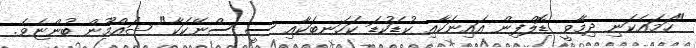
"ހަމައެކަނި ދިމާވީ ޑޮލްފިން އައިނަކާއި ކުޑަކުޑަ ކަހަނބަކާއި ސީ ސްނޭކަކާ" ޝައްމޫން ބުންޏެވެ.